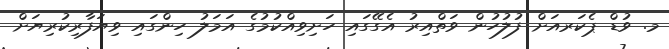
މ. ވުޑް ޕެކަރއަށް ފުލުހުން ވަތްއިރު އެގޭގައި ހަށިވިއްކުމުގެ އަމަލު ހިންގައި ވިޔަފާރިކުރިޔަށް